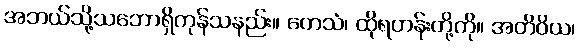
အဘယ်သို့သဘောရှိကုန်သနည်း။ တေသံ၊ ထိုရဟန်းတို့ကို။ အတိဝိယ၊